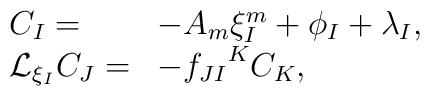
\begin{array}{ll}C_I = & -A_m\xi^{m}_I +\phi_I +\lambda_I ,\\{\cal L}_{\xi_I} C_J = & -{f_{JI}}^KC_K ,\end{array}